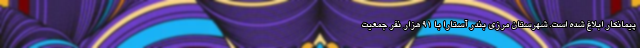
پیمانکار ابلاغ شده است. شهرستان مرزی بندر آستارا با ۹۱ هزار نفر جمعیت